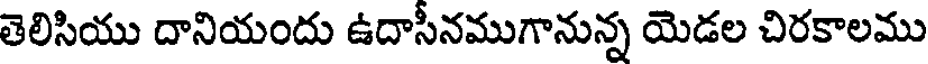
తెలిసియు దానియందు ఉదాసీనముగానున్న యెడల చిరకాలము